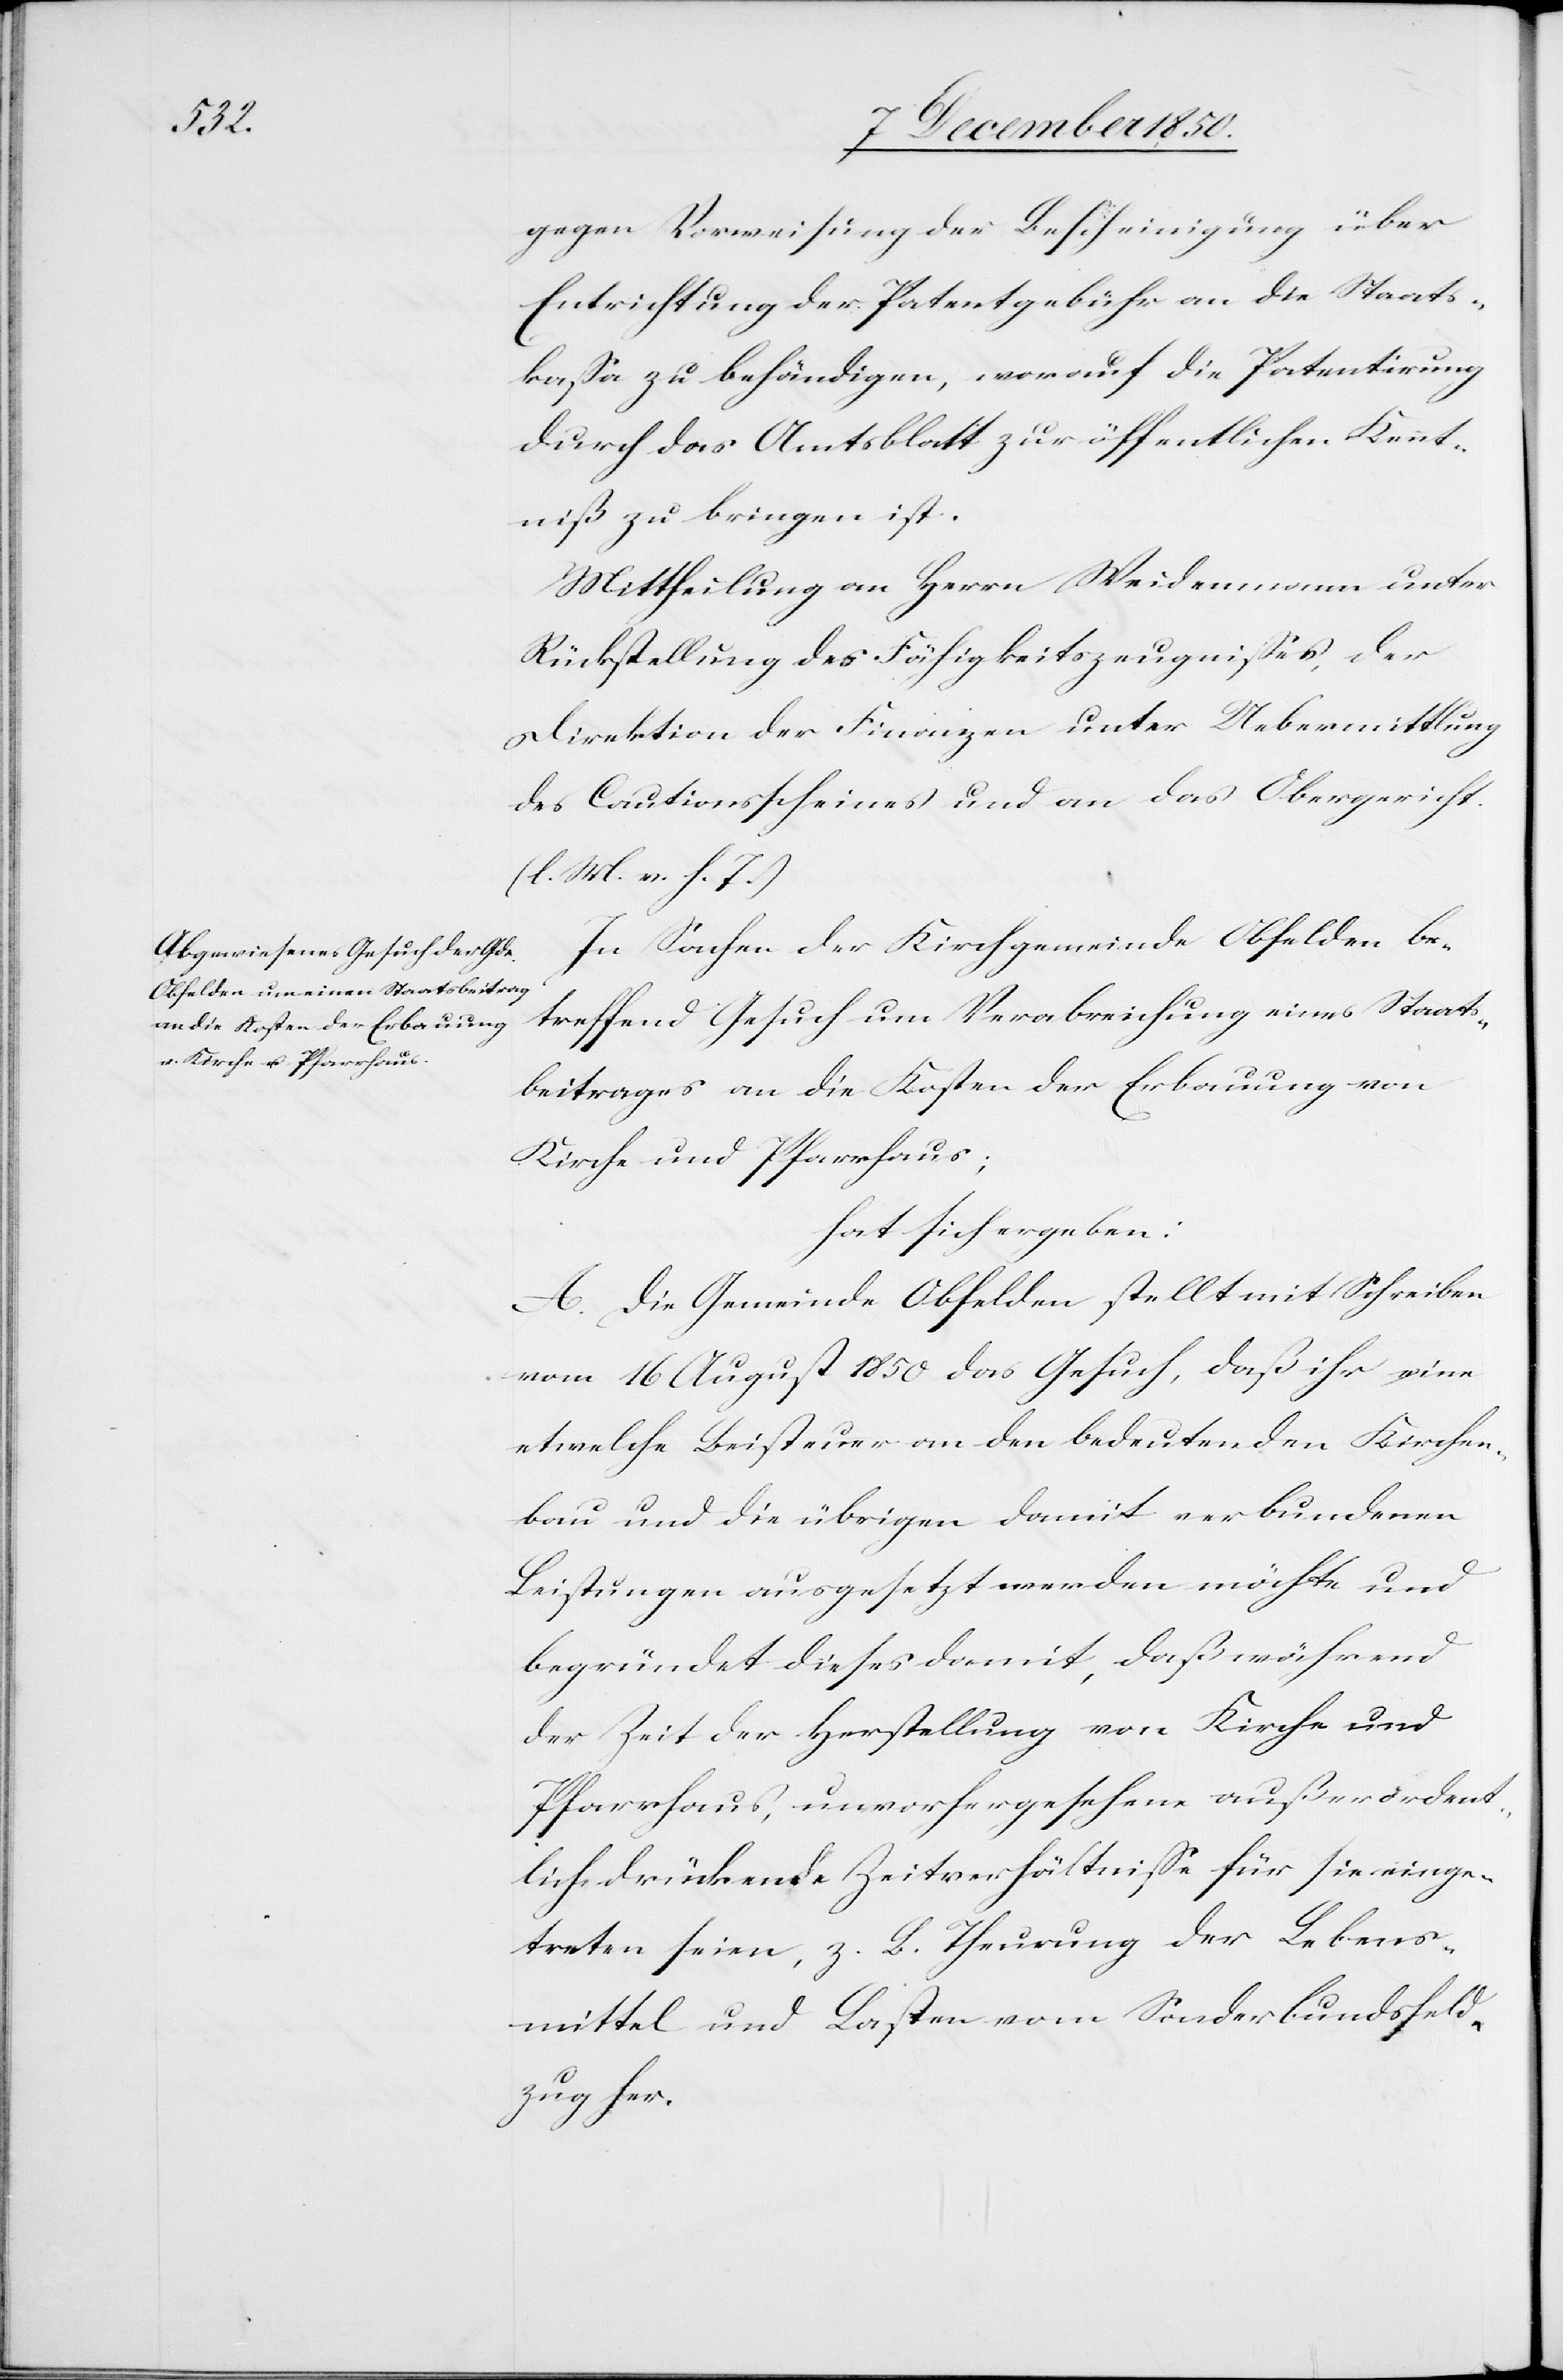
gegen Vorweisung der Bescheinigung über
Entrichtung der Patentgebühr an die Staats¬
kassa zu behändigen, worauf die Patentirung
durch das Amtsblatt zur öffentlichen Kennt¬
niß zu bringen ist.
Mittheilung an Herrn Weidenmann unter
Rückstellung des Fähigkeitszeugnisses, der
Direktion der Finanzen unter Uebermittlung
des Cautionsscheines und an das Obergericht
(l. M. v. h. T.)
In Sachen der Kirchgemeinde Obfelden be¬
treffend Gesuch um Verabreichung eines Staats¬
beitrages an die Kosten der Erbauung von
Kirche und Pfarrhaus;
hat sich ergeben:
A. Die Gemeinde Obfelden stellt mit Schreiben
vom 16 August 1850 das Gesuch, daß ihr eine
etwelche Leisteuer an den bedeutenden Kirchen¬
bau und die übrigen damit verbundenen
Leistungen ausgesetzt werden möchte und
begründet dieses damit, daß während
der Zeit der Herstellung von Kirche und
Pfarrhaus, unvorhergesehene außerordent¬
lich drückende Zeitverhältnisse für sie einge¬
treten seien, z. B. Theurung der Lebens¬
mittel und Lasten vom Sonderbundsfeld¬
zug her.